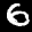
Label: 6